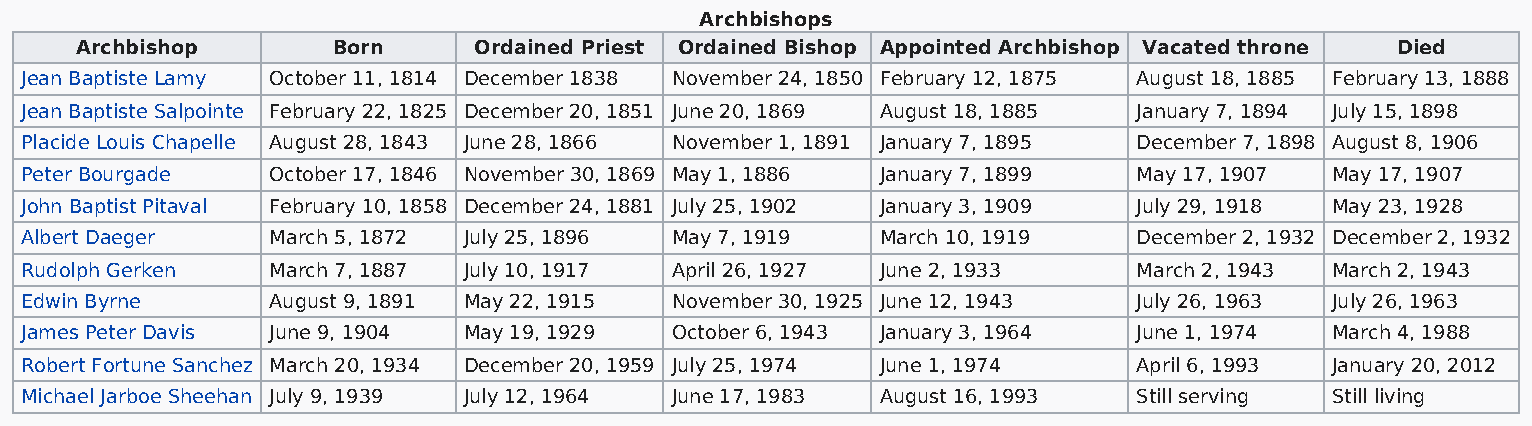
Archbishops
 Archbishop       Born     Ordained Priest Ordained Bishop Appointed Archbishop Vacated throne Died
 Jean Baptiste Lamy October 11, 1814 December 1838 November 24, 1850 February 12, 1875 August 18, 1885 February 13, 1888
 Jean Baptiste Salpointe February 22, 1825 December 20, 1851 June 20, 1869 August 18, 1885 January 7, 1894 July 15, 1898
 Placide Louis Chapelle August 28, 1843 June 28, 1866 November 1, 1891 January 7, 1895 December 7, 1898 August 8, 1906
 Peter Bourgade   October 17, 1846 November 30, 1869 May 1, 1886 January 7, 1899 May 17, 1907 May 17, 1907
 John Baptist Pitaval February 10, 1858 December 24, 1881 July 25, 1902 January 3, 1909 July 29, 1918 May 23, 1928
 Albert Daeger    March 5, 1872 July 25, 1896 May 7, 1919 March 10, 1919   December 2, 1932 December 2, 1932
 Rudolph Gerken   March 7, 1887 July 10, 1917 April 26, 1927 June 2, 1933  March 2, 1943 March 2, 1943
 Edwin Byrne      August 9, 1891 May 22, 1915 November 30, 1925 June 12, 1943 July 26, 1963 July 26, 1963
 James Peter Davis June 9, 1904 May 19, 1929 October 6, 1943 January 3, 1964 June 1, 1974 March 4, 1988
 Robert Fortune Sanchez March 20, 1934 December 20, 1959 July 25, 1974 June 1, 1974 April 6, 1993 January 20, 2012
 Michael Jarboe Sheehan July 9, 1939 July 12, 1964 June 17, 1983 August 16, 1993 Still serving Still living